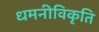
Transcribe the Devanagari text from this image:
धमनीविकृति